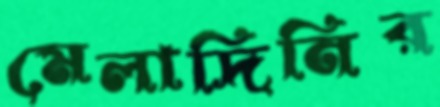
মেলাদিনির